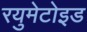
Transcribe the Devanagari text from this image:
रयुमेटोइड